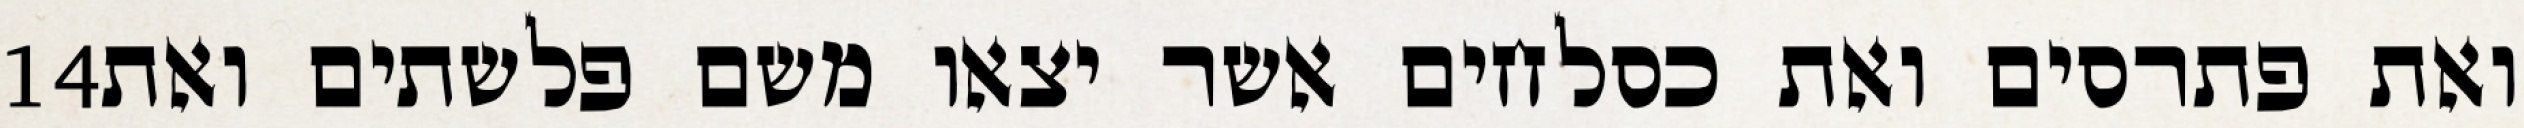
‎14‏ ואת פתרסים ואת כסלחים אשר יצאו משם פלשתים ואת